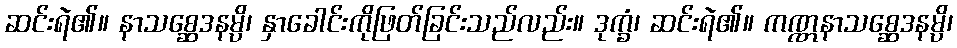
ဆင်းရဲ၏။ နာသစ္ဆေဒနမ္ပိ၊ နှာခေါင်းကိုဖြတ်ခြင်းသည်လည်း။ ဒုက္ခံ၊ ဆင်းရဲ၏။ ကဏ္ဏနာသစ္ဆေဒနမ္ပိ၊